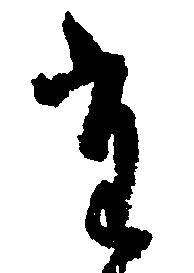
た